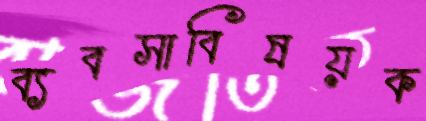
ব্যবসাবিষয়ক